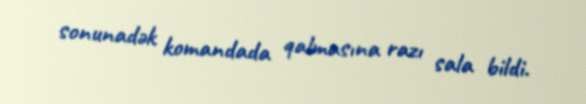
sonunadək komandada qalmasına razı sala bildi.